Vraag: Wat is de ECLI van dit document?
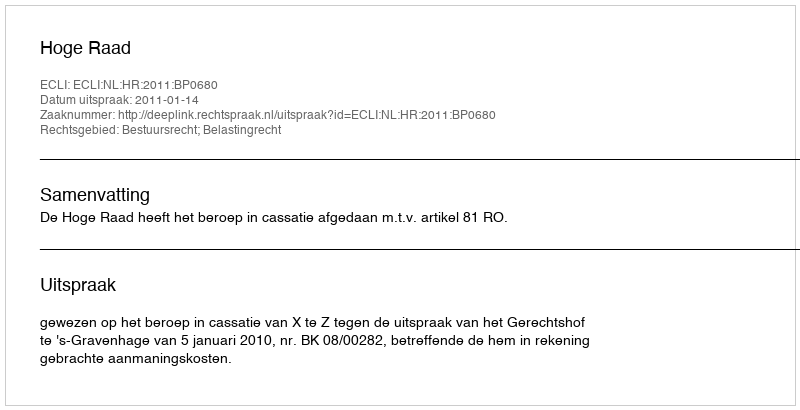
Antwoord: ECLI:NL:HR:2011:BP0680